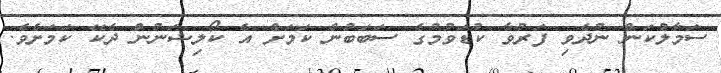
ސަމާލުކަން ނުދެވި ފަރުވާ ކުޑަވުމުގެ ސަބަބުން ކަމަށް އެ ކޯލިޝަނުން ދެކޭ ކަމަށެވެ.